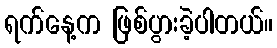
ရက်နေ့က ဖြစ်ပွားခဲ့ပါတယ်။